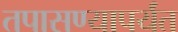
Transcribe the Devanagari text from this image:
तपासण्यापर्यंत